Document type: Testament
Year: 1362
Scribe: Berenguer Vergós
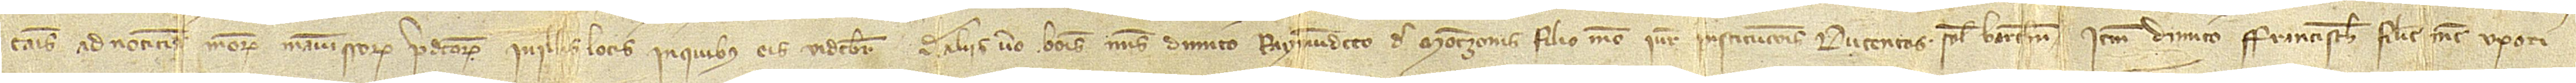
causis ad noticiam meorum manumissorum predictorum in illis locis in quibus eis videbitur. De aliis vero bonis meis dimito Raymundeto de Montzonis, filio meo, iure institucionis, ducentos solidos Barchinone. Item, dimito Francische, filie mee, uxori